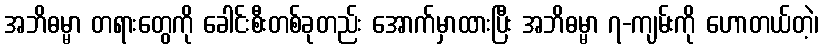
အဘိဓမ္မာ တရားတွေကို ခေါင်းစီးတစ်ခုတည်း အောက်မှာထားပြီး အဘိဓမ္မာ ၇-ကျမ်းကို ဟောတယ်တဲ့၊